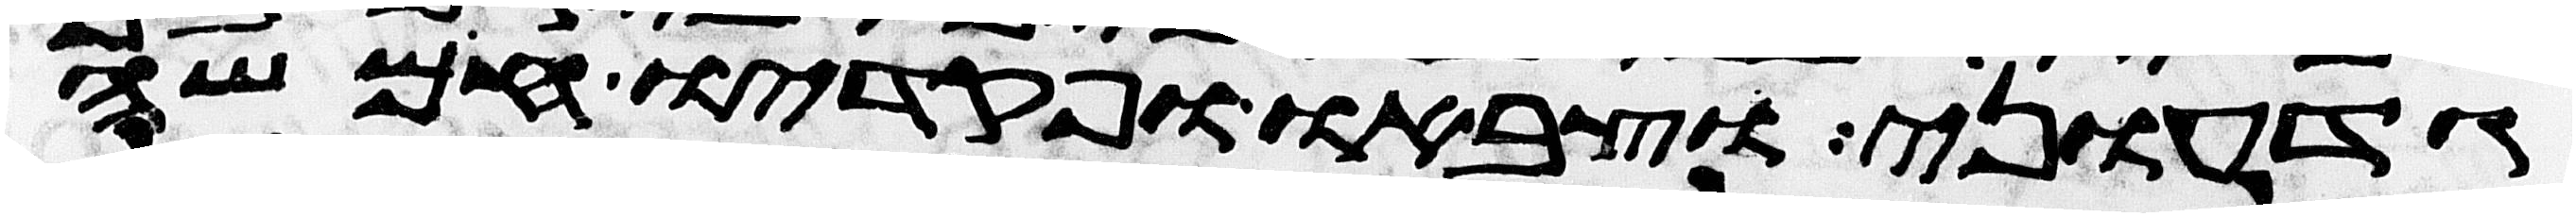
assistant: גדעוני וצבאו ופקדיו חמשה